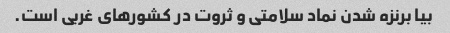
بیا برنزه شدن نماد سلامتی و ثروت در کشورهای غربی است.